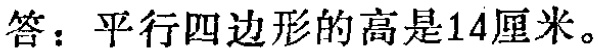
答：平行四边形的高是14厘米。